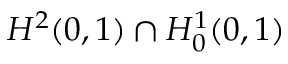
H ^ { 2 } ( 0 , 1 ) \cap H _ { 0 } ^ { 1 } ( 0 , 1 )